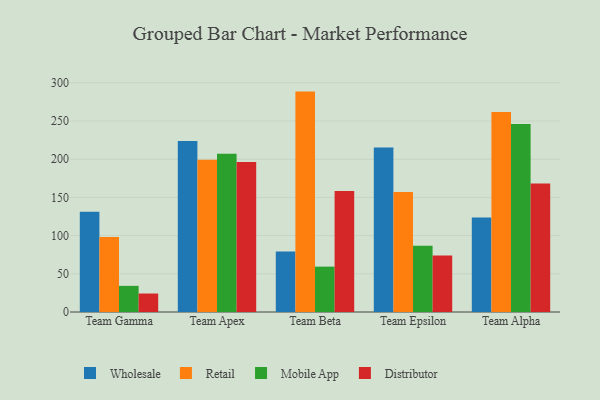
{"axis": {"x": "Team", "y": "Temperature (°C)"}, "legend": ["Distributor", "Mobile App", "Retail", "Wholesale"], "data": [{"x": "Team Gamma", "y": 131.2, "type": "Wholesale"}, {"x": "Team Gamma", "y": 98.3, "type": "Retail"}, {"x": "Team Gamma", "y": 34.2, "type": "Mobile App"}, {"x": "Team Gamma", "y": 24.2, "type": "Distributor"}, {"x": "Team Apex", "y": 223.8, "type": "Wholesale"}, {"x": "Team Apex", "y": 199.4, "type": "Retail"}, {"x": "Team Apex", "y": 207.0, "type": "Mobile App"}, {"x": "Team Apex", "y": 196.3, "type": "Distributor"}, {"x": "Team Beta", "y": 79.2, "type": "Wholesale"}, {"x": "Team Beta", "y": 288.5, "type": "Retail"}, {"x": "Team Beta", "y": 59.4, "type": "Mobile App"}, {"x": "Team Beta", "y": 158.4, "type": "Distributor"}, {"x": "Team Epsilon", "y": 215.4, "type": "Wholesale"}, {"x": "Team Epsilon", "y": 157.0, "type": "Retail"}, {"x": "Team Epsilon", "y": 86.7, "type": "Mobile App"}, {"x": "Team Epsilon", "y": 74.0, "type": "Distributor"}, {"x": "Team Alpha", "y": 123.7, "type": "Wholesale"}, {"x": "Team Alpha", "y": 261.7, "type": "Retail"}, {"x": "Team Alpha", "y": 246.2, "type": "Mobile App"}, {"x": "Team Alpha", "y": 168.2, "type": "Distributor"}]}